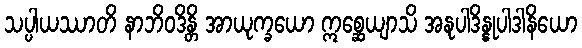
သပ္ပါယဿာတိ နာဘိဝဒိန္တိ အာယုက္ခယော ဣစ္ဆေယျာသိ အနုပါဒိန္နုပါဒါနိယော